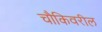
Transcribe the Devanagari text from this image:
चौकिवरील